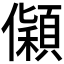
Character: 𰃅